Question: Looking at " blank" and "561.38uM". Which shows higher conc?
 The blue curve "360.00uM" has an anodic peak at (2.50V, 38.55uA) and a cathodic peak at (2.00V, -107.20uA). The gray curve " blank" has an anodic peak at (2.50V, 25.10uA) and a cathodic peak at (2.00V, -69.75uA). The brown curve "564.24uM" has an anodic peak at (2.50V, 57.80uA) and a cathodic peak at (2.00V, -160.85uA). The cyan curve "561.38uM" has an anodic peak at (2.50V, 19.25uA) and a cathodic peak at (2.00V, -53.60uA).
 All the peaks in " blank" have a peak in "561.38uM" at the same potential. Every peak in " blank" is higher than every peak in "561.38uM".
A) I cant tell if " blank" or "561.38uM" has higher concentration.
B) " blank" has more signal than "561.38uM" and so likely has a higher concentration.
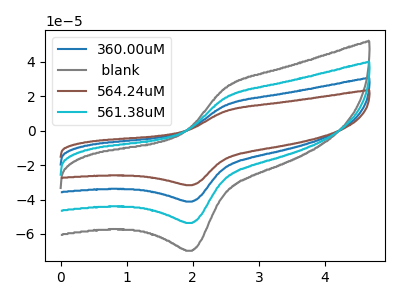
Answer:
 <answer>B) " blank" has more signal than "561.38uM" and so likely has a higher concentration.</answer>
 <eval>B</eval>